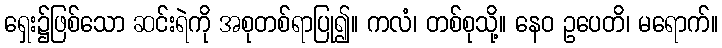
ရှေး၌ဖြစ်သော ဆင်းရဲကို အစုတစ်ရာပြု၍။ ကလံ၊ တစ်စုသို့။ နေဝ ဥပေတိ၊ မရောက်။